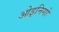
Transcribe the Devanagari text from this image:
ओइनिगो